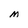
Character: M